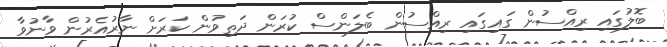
ބޮލުގައި ރިއްސުން ގައިގައި ރިއްސުން ބެލަންސް ކުރަން ދަތިވުން ކަރަށް ނާރުއެރުން ވާނުވާ